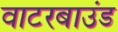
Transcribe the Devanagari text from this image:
वाटरबाउंड